Juvenile offences, 1941
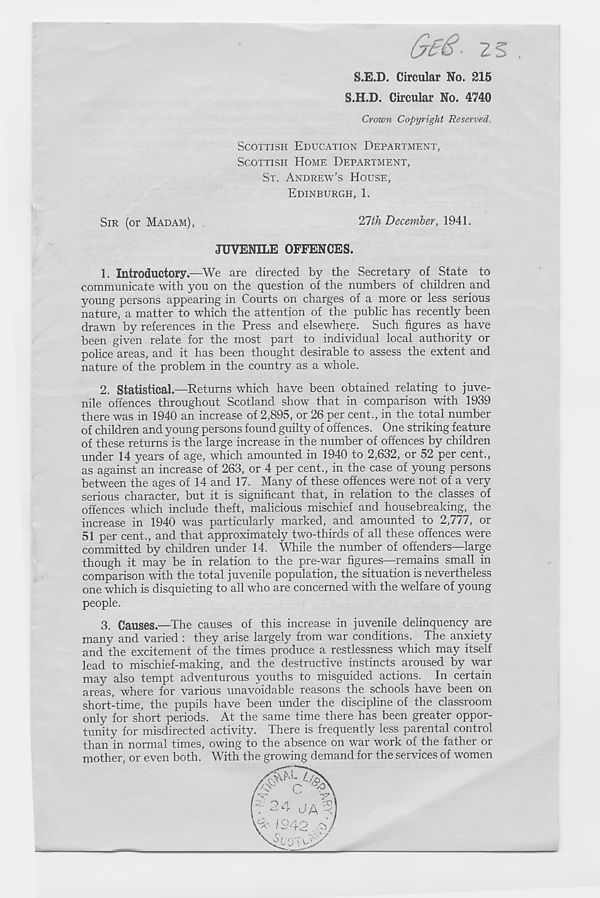
S.E.D. Circular No. 215
S.H.D. Circular No. 4740
Crown Copyright Reserved.
SCOTTISH EDUCATION DEPARTMENT,
SCOTTISH HOME DEPARTMENT,
ST. ANDREW’S HOUSE,
EDINBURGH, 1.
SIR (or MADAM), ,
21th December, 1941.
JUVENILE OFFENCES.
1. Introductory.—We are directed by the Secretary of State to
communicate with you on the question of the numbers of children and
young persons appearing in Courts on charges of a more or less serious
nature, a matter to which the attention of the public has recently been
drawn by references in the Press and elsewhere. Such figures as have
been given relate for the most part to individual local authority or
police areas, and it has been thought desirable to assess the extent and
nature of the problem in the country as a whole.
2. Statistical.—Returns which have been obtained relating to juve-
nile offences throughout Scotland show that in comparison with 1939
there was in 1940 an increase of 2,895, or 26 per cent., in the total number
of children and young persons found guilty of offences. One striking feature
of these returns is the large increase in the number of offences by children
under 14 years of age, which amounted in 1940 to 2,632, or 52 per cent.,
as against an increase of 263, or 4 per cent., in the case of young persons
between the ages of 14 and 17. Many of these offences were not of a very
serious character, but it is significant that, in relation to the classes of
offences which include theft, malicious mischief and housebreaking, the
increase in 1940 was particularly marked, and amounted to 2,777, or
51 per cent., and that approximately two-thirds of all these offences were
committed by children under 14. While the number of offenders—large
though it may be in relation to the pre-war figures—remains small in
comparison with the total juvenile population, the situation is nevertheless
one which is disquieting to all who are concerned with the welfare of young
people.
3. Causes.—The causes of this increase in juvenile delinquency are
many and varied : they arise largely from war conditions. The anxiety
and the excitement of the times produce a restlessness which may itself
lead to mischief-making, and the destructive instincts aroused by war
may also tempt adventurous youths to misguided actions. In certain
areas, where for various unavoidable reasons the schools have been on
short-time, the pupils have been under the discipline of the classroom
only for short periods. At the same time there has been greater oppor-
tunity for misdirected activity. There is frequently less parental control
than in normal times, owing to the absence on war work of the father or
mother, or even both. With the growing demand for the services of women